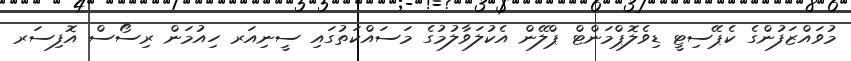
މުވައްޒަފުންގެ ކެޕޭސިޓީ ޑިވެލޮޕްމަންޓް ޕްލޭން އެކުލަވާލުމުގެ މަސައްކަތުގައި ސީނިއަރ ހިއުމަން ރިސޯސް އޮފިސަރ